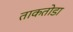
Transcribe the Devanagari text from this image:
ताकतोडा